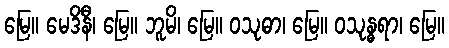
မြေ။ မေဒိနီ၊ မြေ။ ဘူမိ၊ မြေ။ ဝသုဓာ၊ မြေ။ ဝသုန္ဓရာ၊ မြေ။